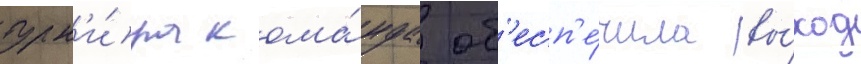
турн'и́ра кома́нда об'есп'е́чила вы́ход